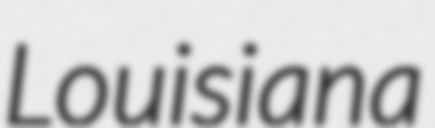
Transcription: Louisiana